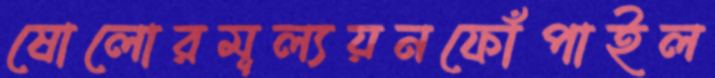
ষোলোরমূল্যয়নফোঁপাইল